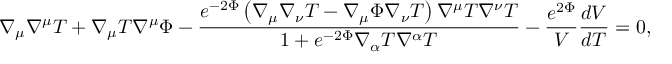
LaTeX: \nabla _ { \mu } \nabla ^ { \mu } T + \nabla _ { \mu } T \nabla ^ { \mu } \Phi - \frac { e ^ { - 2 \Phi } \left( \nabla _ { \mu } \nabla _ { \nu } T - \nabla _ { \mu } \Phi \nabla _ { \nu } T \right) \nabla ^ { \mu } T \nabla ^ { \nu } T } { 1 + e ^ { - 2 \Phi } \nabla _ { \alpha } T \nabla ^ { \alpha } T } - \frac { e ^ { 2 \Phi } } { V } \frac { d V } { d T } = 0 ,